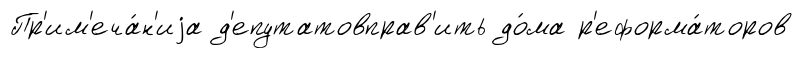
Пр'им'еча́н'иjа д'епутатовправ'ить до́ма р'еформа́торов